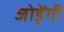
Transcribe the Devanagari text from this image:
जोड़ेंगी